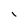
Character: I